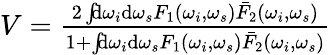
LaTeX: \begin{array}{r}{V=\frac{2\int\! \! \mathrm{d}\omega_{i}\mathrm{d}\omega_{s}F_{1}(\omega_{i},\omega_{s})\bar{F}_{2}(\omega_{i},\omega_{s})}{1+\int\! \! \mathrm{d}\omega_{i}\mathrm{d}\omega_{s}F_{1}(\omega_{i},\omega_{s})\bar{F}_{2}(\omega_{i},\omega_{s})}}\end{array}